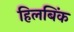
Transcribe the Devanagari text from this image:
हिलबिंक